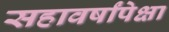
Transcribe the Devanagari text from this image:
सहावर्षांपेक्षा